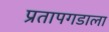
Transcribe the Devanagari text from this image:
प्रतापगडाला